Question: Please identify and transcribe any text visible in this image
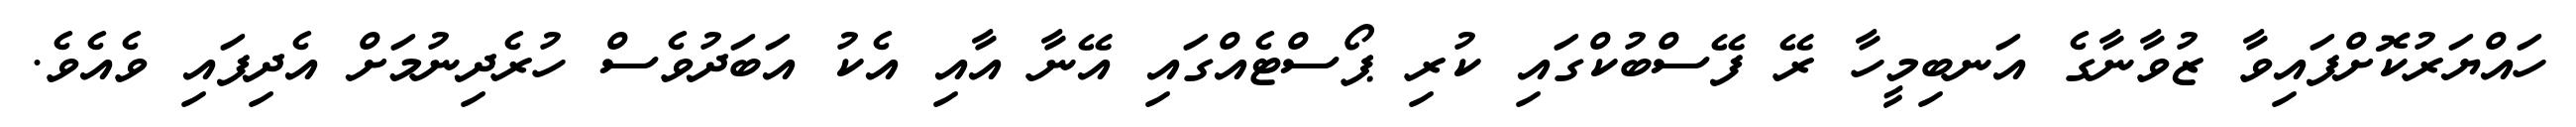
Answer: ހައްޔަރުކޮށްފައިވާ ޒުވާނާގެ އަނބިމީހާ ރޭ ފޭސްބުކްގައި ކުރި ޕޯސްޓެއްގައި އޭނާ އާއި އެކު އަބަދުވެސް ހުރެދިނުމަށް އެދިފައި ވެއެވެ.